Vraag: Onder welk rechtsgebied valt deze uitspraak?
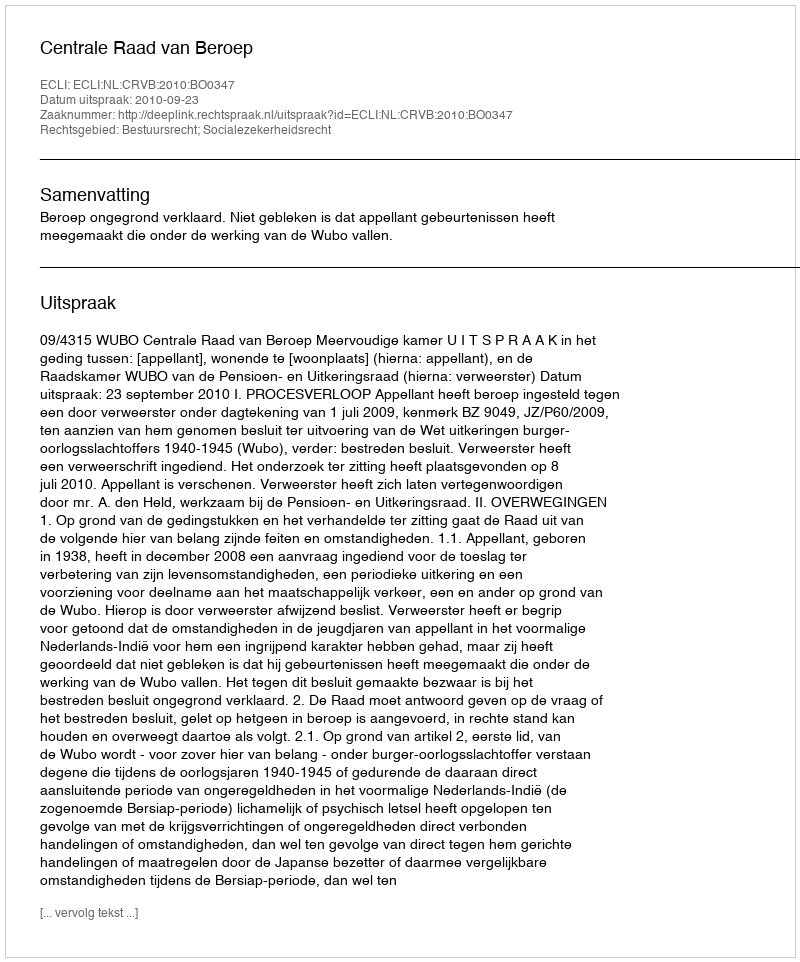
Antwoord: Bestuursrecht; Socialezekerheidsrecht